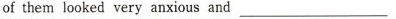
of them looked very anxious and___